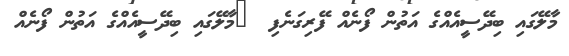
މާލޭގައި ބިދޭސީއެއްގެ އަތުން ފޯނެއް ފޭރިގަނެފި  	މާލޭގައި ބިދޭސީއެއްގެ އަތުން ފޯނެއް